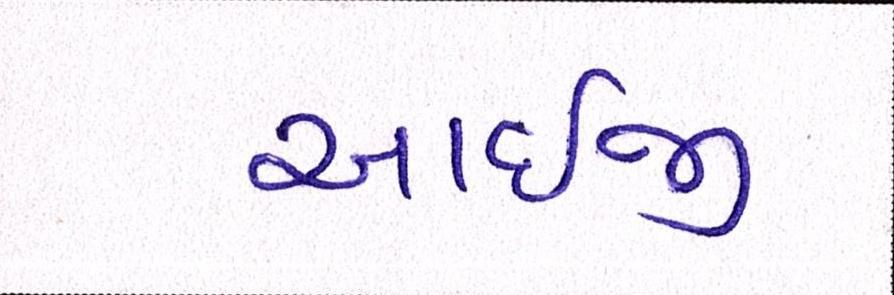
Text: આઇજી